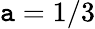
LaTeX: \mathtt{a}=1/3